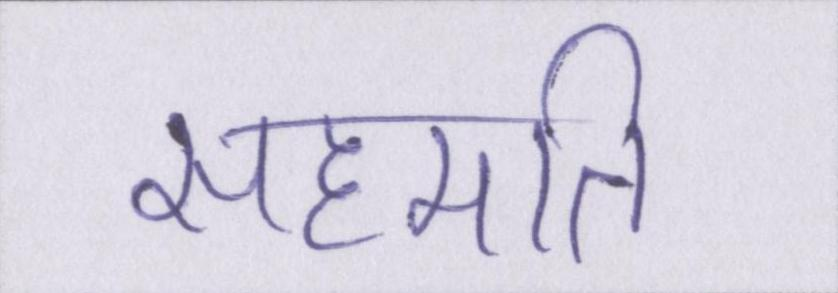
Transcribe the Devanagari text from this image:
सहमति